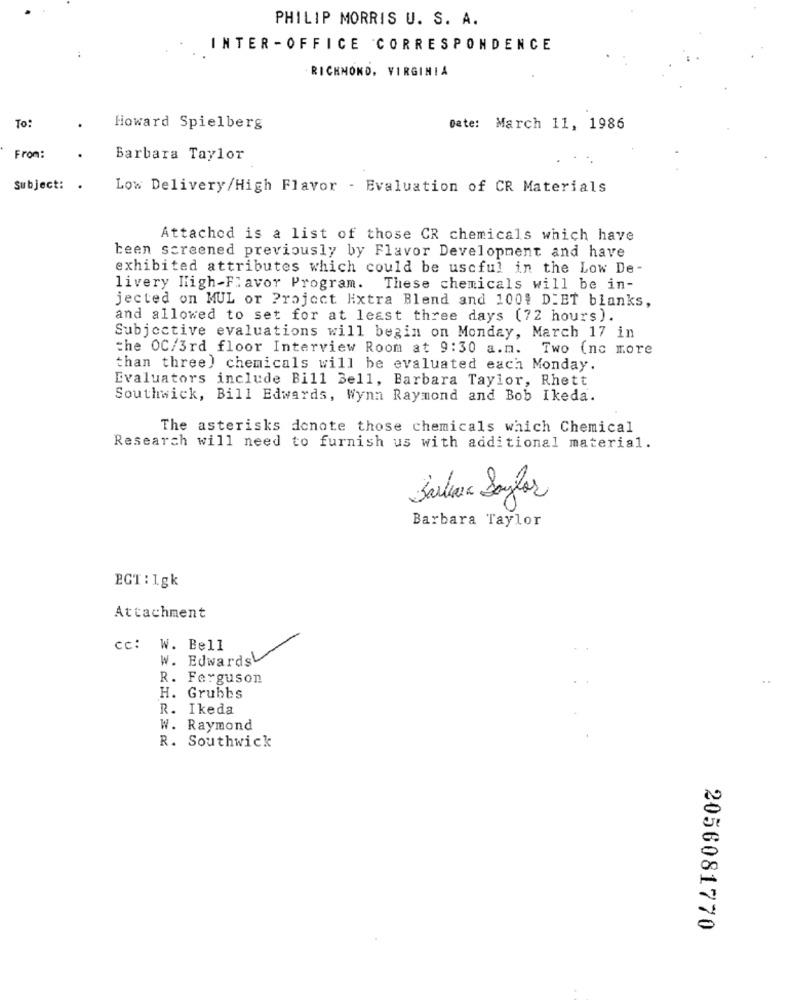
PHILIP MORRIS U. S. A.
INTER -OFFICE CORRESPONDENCE
RICHMOND, VIRGINIA
To:
Howard Spielberg
Date: March 11, 1986
From:
Barbara Taylor
Subject:
Low Delivery/High Flavor - Evaluation of CR Materials
Attached is a list of those CR chemicals which have
been screened previously by Flavor Development and have
exhibited attributes which could be useful in the Low De-
livery High-Flavor Program. These chemicals will be in-
jected on MUL or Project Hixtra Blend and 1001 DIET blanks,
and allowed to set for at least three days (72 hours).
Subjective evaluations will begin on Monday, March 17 in
the OC/3rd floor Interview Room at 9:30 a.m. Two (nc more
than three) chemicals will be evaluated each Monday.
Evaluators include Bill Bell, Barbara Taylor, Rhett
Southwick, Bill Edwards, Wynn Raymond and Bob Ikeda.
The asterisks donote those chemicals which Chemical
Research will need to furnish us with additional material.
Salewa Saylor
Barbara Taylor
BGT : 1gk
Attachment
cc: W. Bell
W. Edwards
R. Ferguson
H. Grubbs
R. Ikeda
W. Raymond
R. Southwick
2056081770